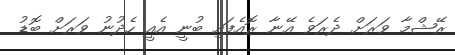
ރޭޝްމާ ވަރަށް ދެރަވެ އޭނާ ރޮއެފައި ބުނީ އެއީ ހެދުނު ވަރަށް ބޮޑު